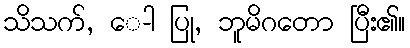
သိသက်, ေ-ါ ပြု, ဘူမိဂတော ပြီး၏။